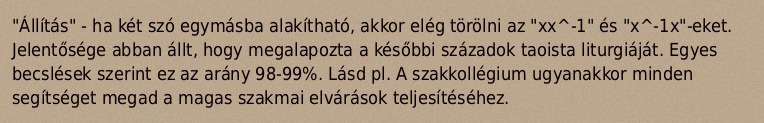
"Állítás" - ha két szó egymásba alakítható, akkor elég törölni az "xx^-1" és "x^-1x"-eket. Jelentősége abban állt, hogy megalapozta a későbbi századok taoista liturgiáját. Egyes becslések szerint ez az arány 98-99%. Lásd pl. A szakkollégium ugyanakkor minden segítséget megad a magas szakmai elvárások teljesítéséhez.